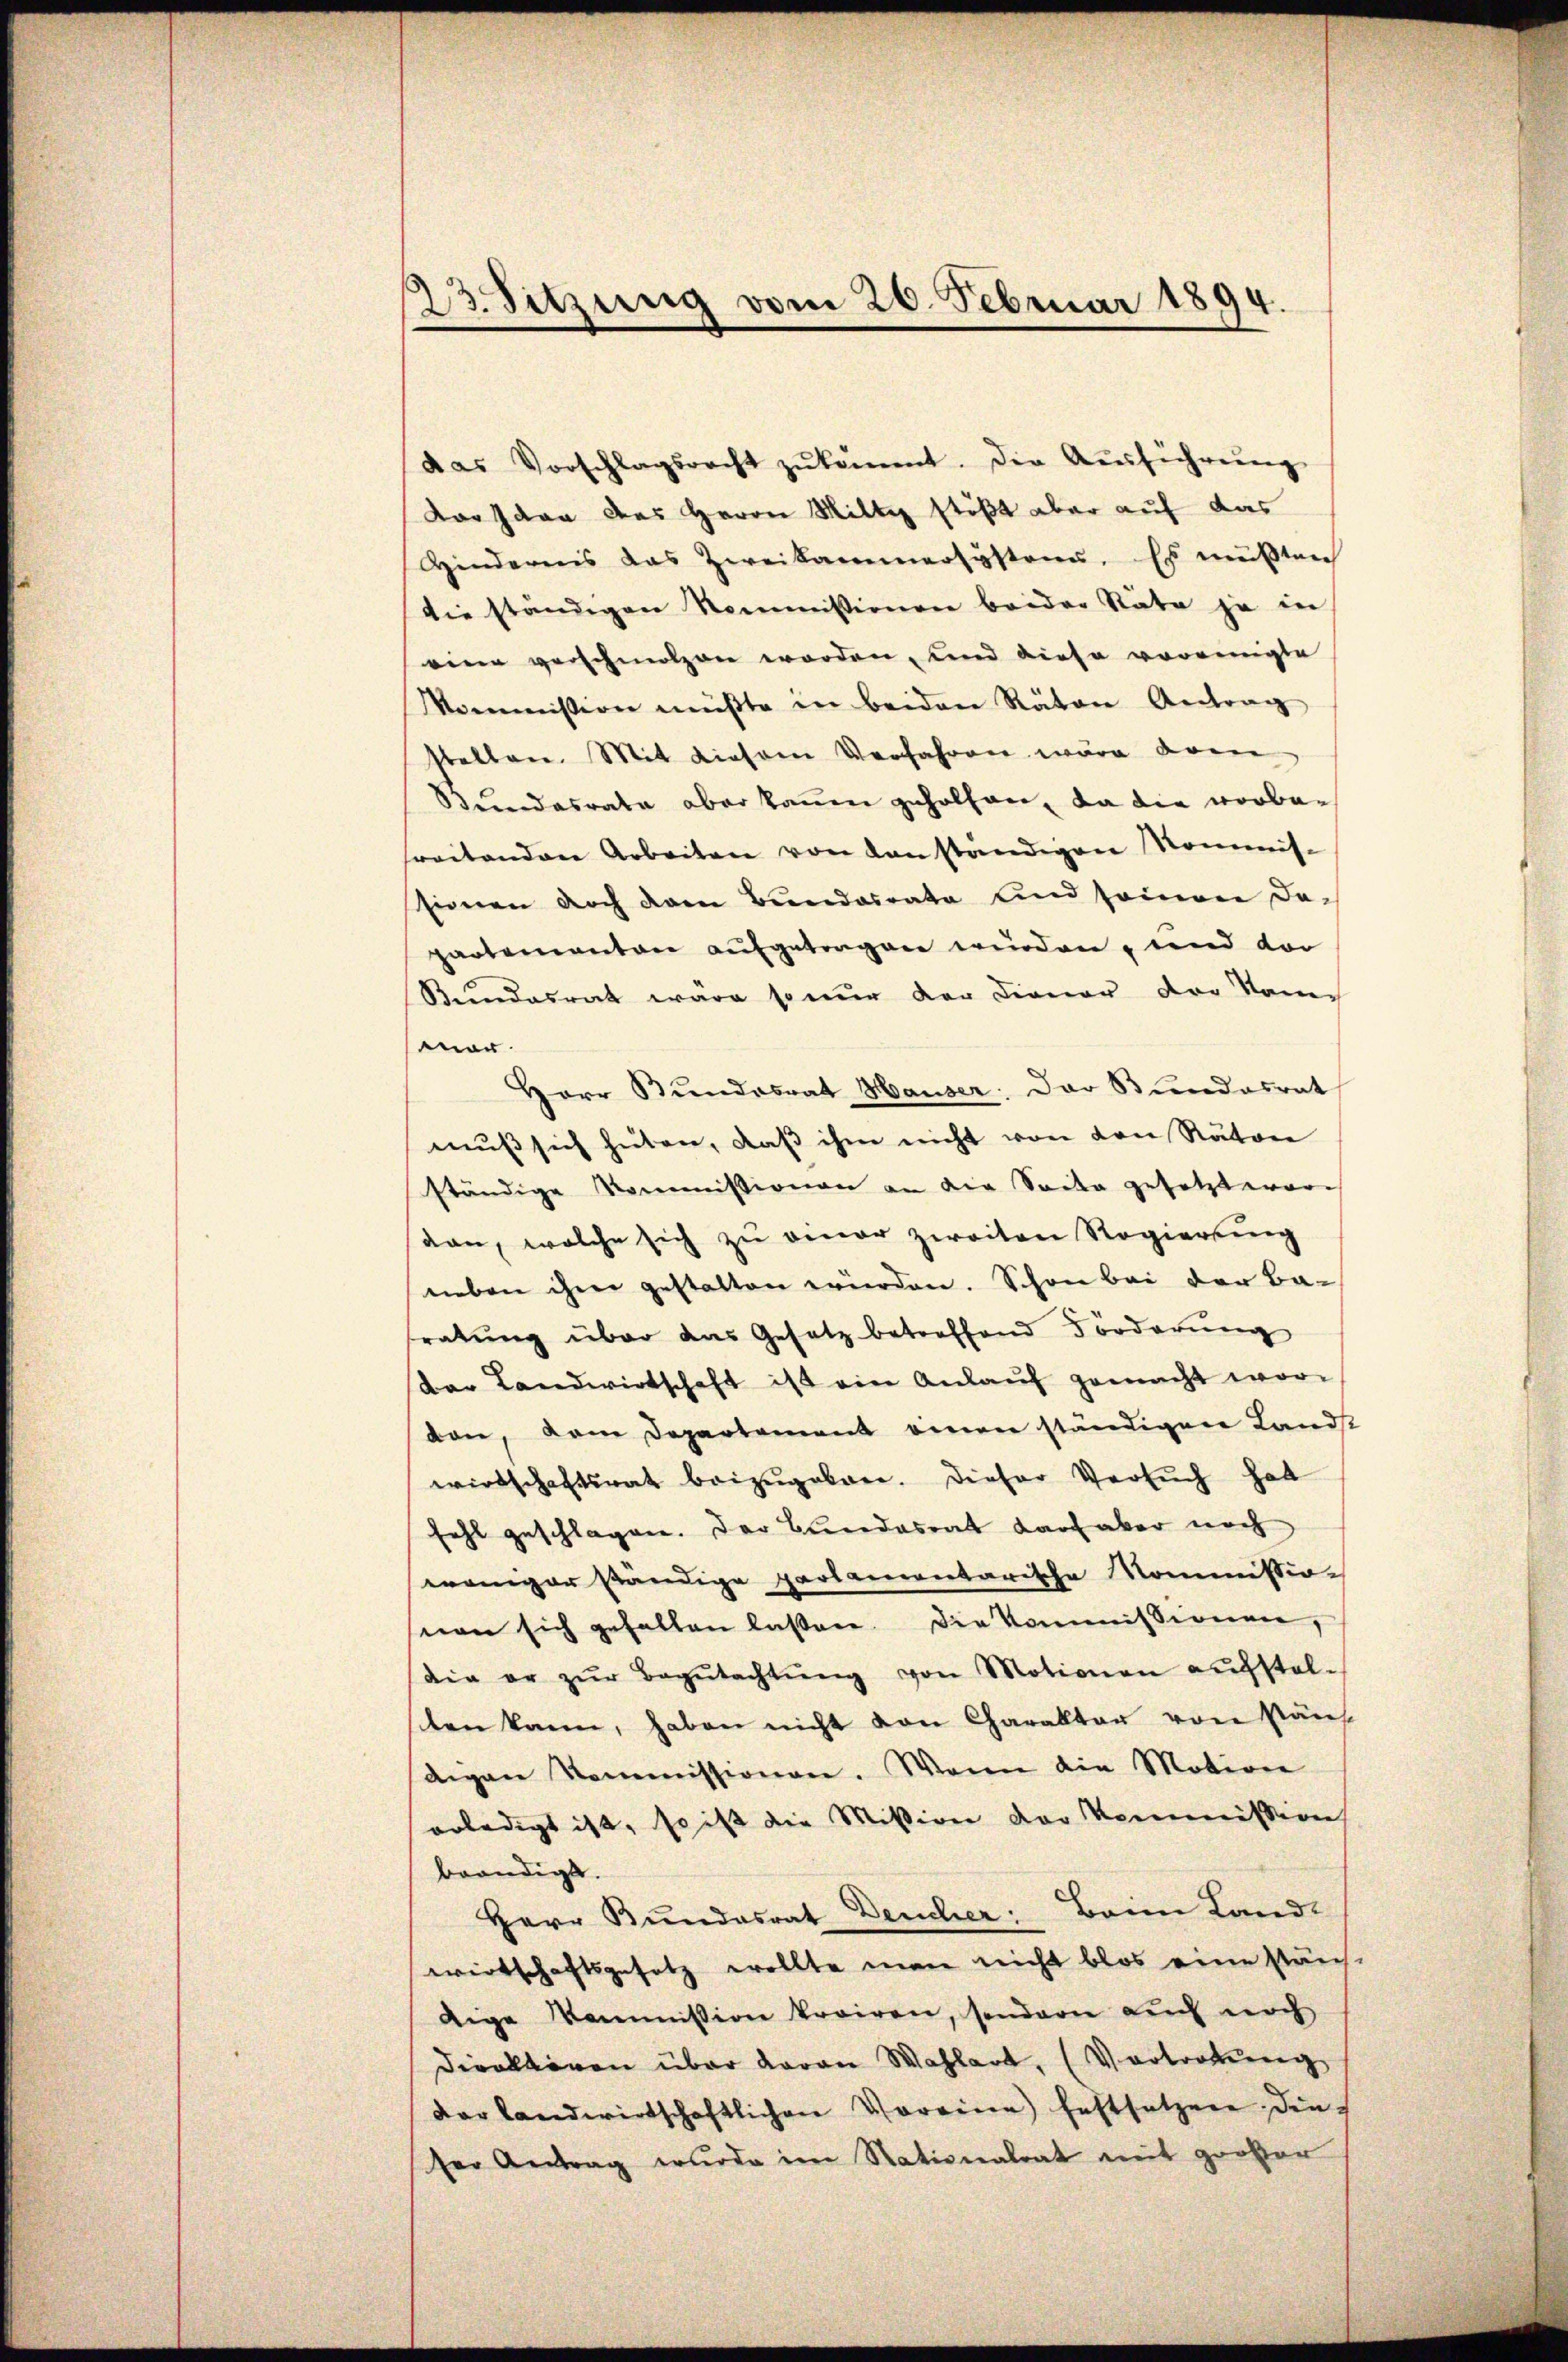
23. Sitzung vom 20. Februar 1894.

das Vorschlagsrecht zŭkommt. Der Aŭsführŭng
Dorpaar des Herrn Millig stößt aber auf das
Hindernis das Zweikammersysteme. Es müßten
die ständigen Nommissionen beider Stäte ja in
eine verschmolzen worden, und diese voreinigte
Kommission müßte in beiden Räten Antrag
stellen. Mit diesem Verfahren wäre donne
Bundesrate aber kann geholten, da die vorbefreitenden Arbeiten von danständigen Kommis-
tinnen doch dem Bundesrate und seinen da-
partementare aufgetragen wurden, und dar
Kundesrath wäre so nur der Diener der Namen
mar.
Herr Bundesrat Hauser: Das Bundesrat
mŭβ sich hüten, daβ ihm nicht von den Ratone
ständige Kommissionen an die Saite gesetzterer
dan, welche sich zu einer zweiten Regierung
neben ihm gestatten würden. Schon bei der Baratung über das Gesetz betreffend Förderung
Dar Landwirtschaft ist ein Anlauf gemacht wordan, dem Departement einen ständigen Landst
wirtschaftsrat beizŭgeben. Dieser Versuch hat
fehl geschlagen. Der Bundesrat darf aber noch
weniger ständige parlamentarische Kommissio
snen sich gefallen laßen. Die Kommissionen,
die er zŭr Begŭtachtŭng von Motionen aufstel-
ten kann, haben nicht von Charakter von Käuf
digen Kommissionen. Wenn die Motion
erledigt ist, so ist die Mission der Kommission
beendigt.
Herr Bundesrat Deucher: Beim Land-
wirtschaftsgesetz wollte man nicht blos eine ständ-
dige Kommission kroiren, sondern auch noch
Diraltoren über davon Wahlart, (Vortretung
dar landwirtschaftlichen Vorrinn festsetzen ding
ser Antrag wurde im Nationalrat mit großer